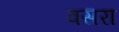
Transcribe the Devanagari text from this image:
वसरा